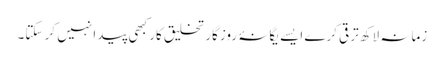
زمانہ لاکھ ترقی کرے ایسے یگانۂ روزگار تخلیق کار کبھی پیدا نہیں کر سکتا۔